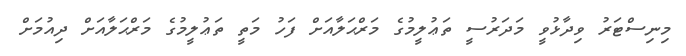
މިނިސްޓަރު ވިދާޅުވީ މަދަރުސީ ތަޢުލީމުގެ މަރްޙަލާއަށް ފަހު މަތީ ތަޢުލީމުގެ މަރްޙަލާއަށް ދިއުމަށް